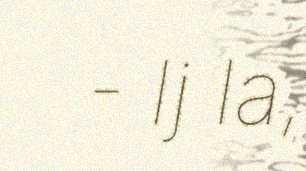
- Ij la,